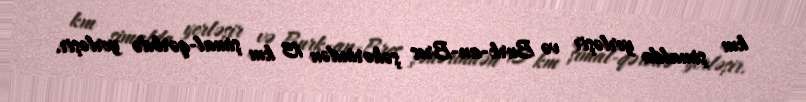
km şimalda yerləşir və Burk-an-Bres şəhərindən 13 km şimal-qərbdə yerləşir.